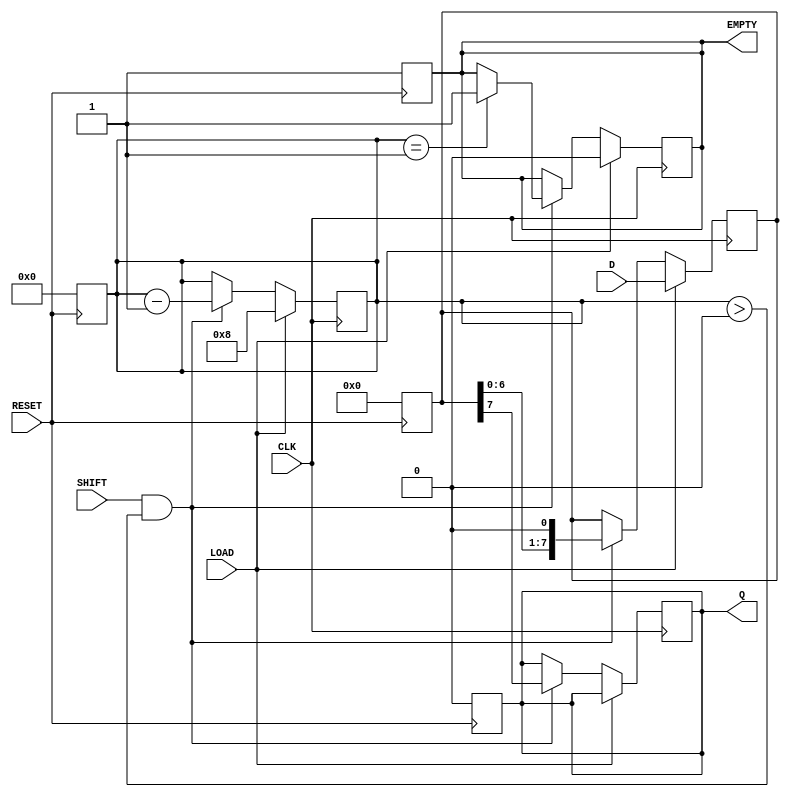
module PISO_Shift_Register #(
    parameter WIDTH = 8  // Define the width of the shift register
)(
    input wire [WIDTH-1:0] D,    // Parallel data input
    input wire LOAD,              // Load control signal
    input wire SHIFT,             // Shift control signal
    input wire CLK,               // Clock signal
    input wire RESET,             // Asynchronous reset signal
    output reg Q,                 // Serial output
    output reg EMPTY              // Empty signal
);

    reg [WIDTH-1:0] shift_reg;    // Shift register array
    reg [3:0] count;               // Counter to track the number of bits shifted out

    // Asynchronous reset
    always @(posedge RESET) begin
        shift_reg <= 0;            // Clear the shift register
        Q <= 0;                    // Clear the serial output
        EMPTY <= 1;                // Set EMPTY signal to high
        count <= 0;                // Reset the counter
    end

    // Shift register operation
    always @(posedge CLK) begin
        if (LOAD) begin
            shift_reg <= D;         // Load data into the shift register
            count <= WIDTH;         // Set count to WIDTH
            EMPTY <= 0;             // Set EMPTY signal to low
        end else if (SHIFT && count > 0) begin
            Q <= shift_reg[WIDTH-1]; // Shift out the MSB
            shift_reg <= {shift_reg[WIDTH-2:0], 1'b0}; // Shift left
            count <= count - 1;     // Decrement the count
            if (count == 1) begin
                EMPTY <= 1;         // Set EMPTY signal if no bits left
            end
        end
    end

endmodule